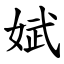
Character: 娬